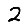
Digit: 2